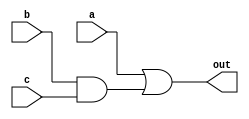
`timescale 1ns / 1ps

module grayCell(output out,
                input a,
                input b,
                input c);
                
assign out = a | b & c;               
endmodule